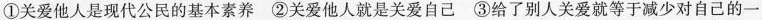
①关爱他人是现代公民的基本素养 ②关爱他人就是关爱自己 ③给了别人关爱就等于减少对自己的一